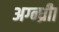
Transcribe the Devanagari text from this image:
अग्न्ध्रीा